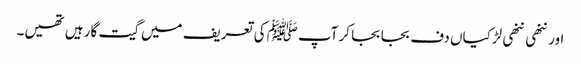
اور ننھی ننھی لڑکیاں دف بجا بجا کر آپﷺ کی تعریف میں گیت گا رہیں تھیں۔